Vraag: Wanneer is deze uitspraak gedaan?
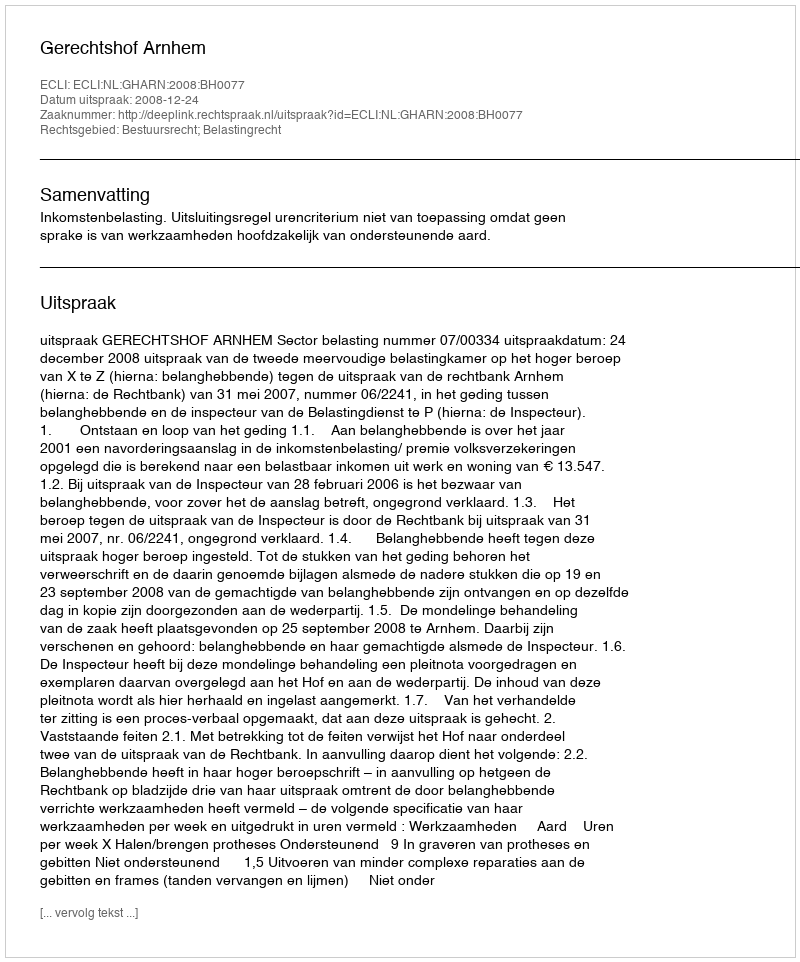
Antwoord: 2008-12-24